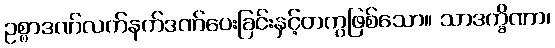
ဥစ္စာဒဏ်လက်နက်ဒဏ်ပေးခြင်းနှင့်တကွဖြစ်သော။ သာဒက္ခိဏာ၊